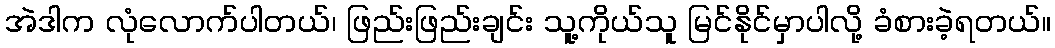
အဲဒါက လုံလောက်ပါတယ်၊ ဖြည်းဖြည်းချင်း သူ့ကိုယ်သူ မြင်နိုင်မှာပါလို့ ခံစားခဲ့ရတယ်။